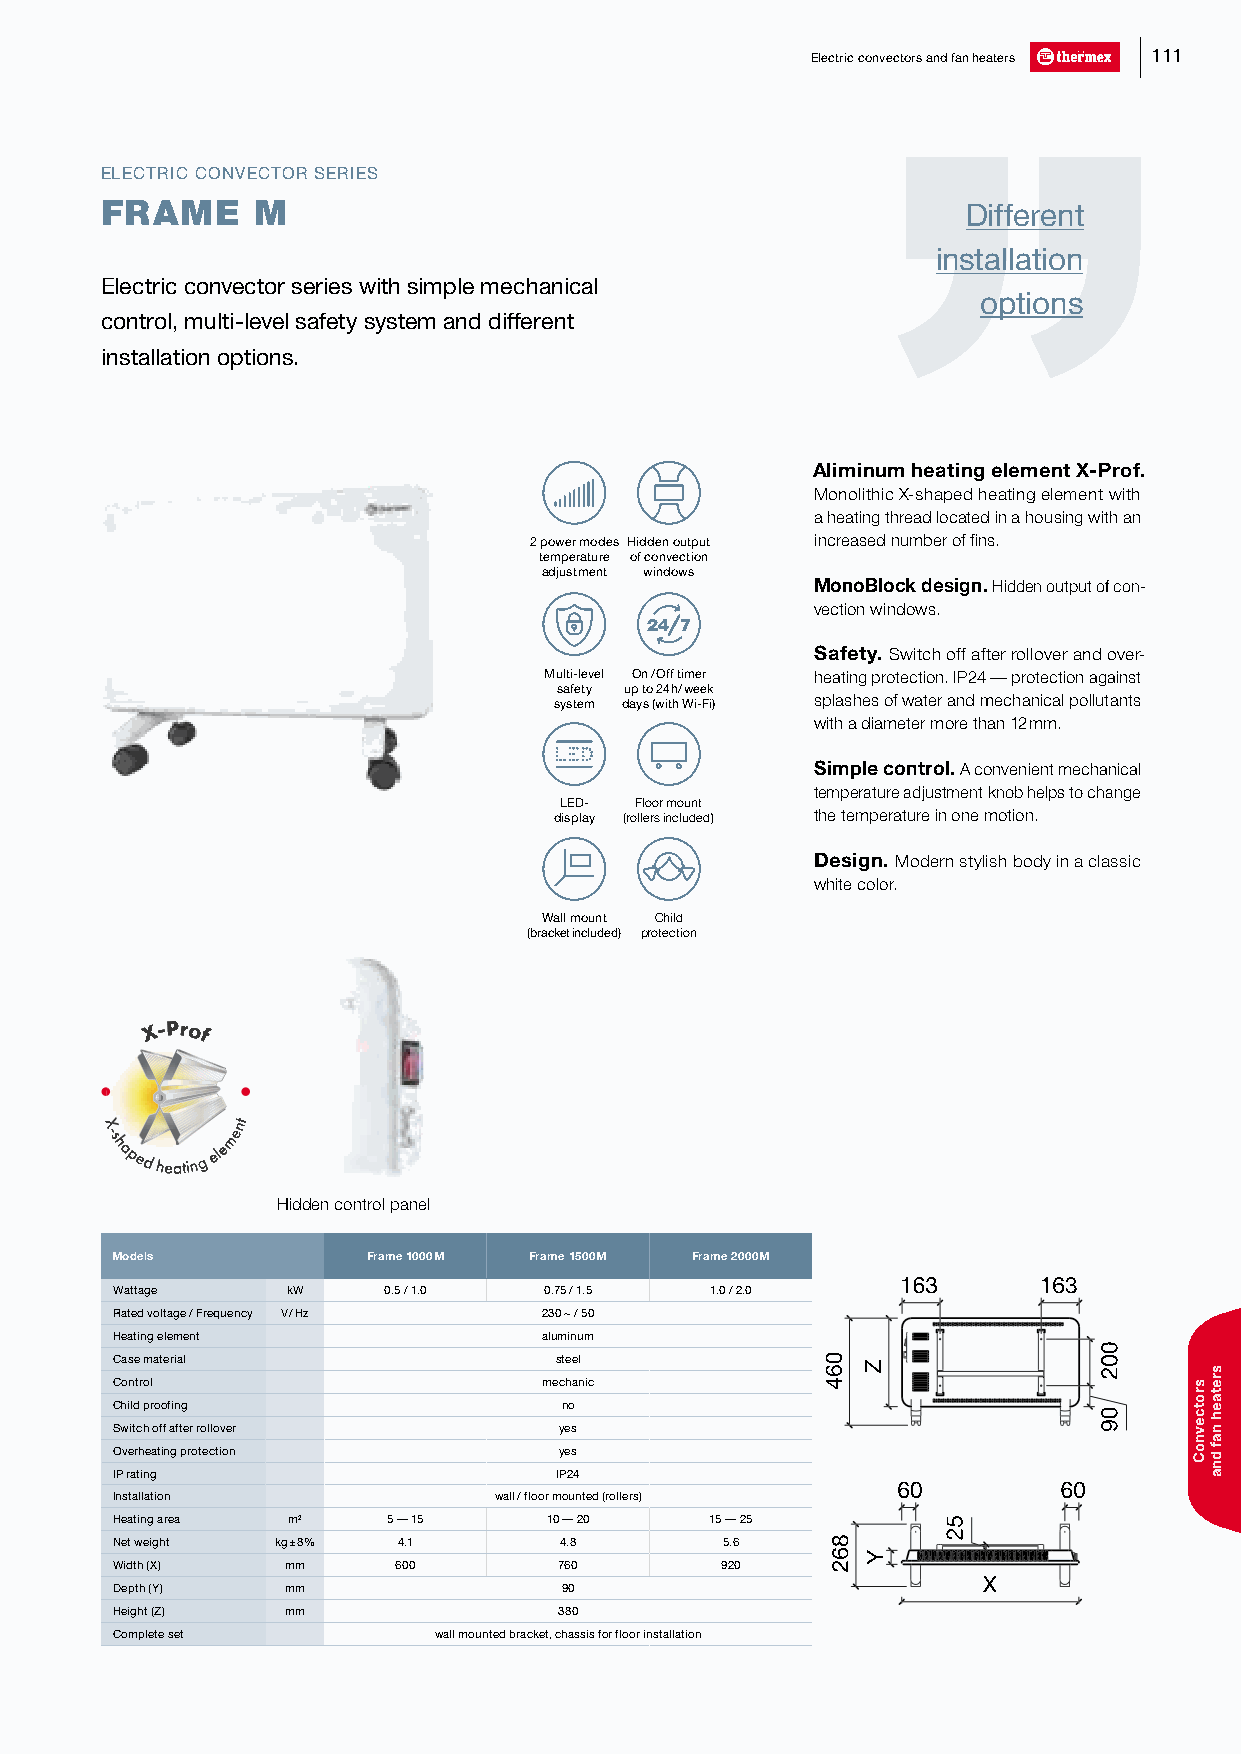
Electric convectors and fan heaters 111
 ELECTRIC CONVECTOR SERIES
 FRAME     M                                              Different
 installation
 Electric convector series with simple mechanical
 options
 control, multi-level safety system and different
 installation options.
 Aliminum heating element X-Prof.
 Monolithic X-shaped heating element with
 a heating thread located in a housing with an
 2 power modes Hidden output increased number of fins.
 temperature of convection
 adjustment windows
 MonoBlock design. Hidden output of con-
 vection windows.
 Safety. Switch off after rollover and over-
 Multi-level On /O ff timer heating protection. IP24 — protection against
 safety up to 24 h/ week
 system days (with Wi-Fi) splashes of water and mechanical pollutants
 with a diameter more than 12 mm.
 Simple control. A convenient mechanical
 temperature adjustment knob helps to change
 LED- Floor mount
 display (rollers included) the temperature in one motion.
 Design. Modern stylish body in a classic
 white color.
 Wall mount Child
 (bracket included) protection
 X-Prof
 X
 -shapedheating
 element
 Hidden control panel
 Models           Frame 1000 M Frame 1500 M Frame 2000 M
 163      163
 Wattage     kW    0.5 / 1.0  0.75 / 1.5 1.0 / 2.0
 Rated voltage / Frequency V / Hz 230 ~ / 50
 Heating element              aluminum
 Case material                 steel
 Control                      mechanic
 Child proofing                no
 Switch off after rollover     yes
 Overheating protection        yes
 IP rating                     IP24
 60         60
 Installation              wall / floor mounted (rollers)
 Heating area m2    5 — 15    10 — 20    15 — 25
 Net weight kg ± 8% 4.1        4.8        5.6
 Width (X)   mm     600        760        920
 ХХ
 Depth (Y)   mm                90
 Height (Z)  mm                380
 Complete set          wall mounted bracket, chassis for floor installation
 064
 862
 Z
 Y
 52
 002
 09
 srotcevnoC
 sretaeh
 naf
 dna